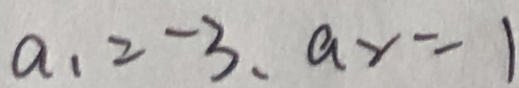
a _ { 1 } = - 3 , a _ { 2 } = 1